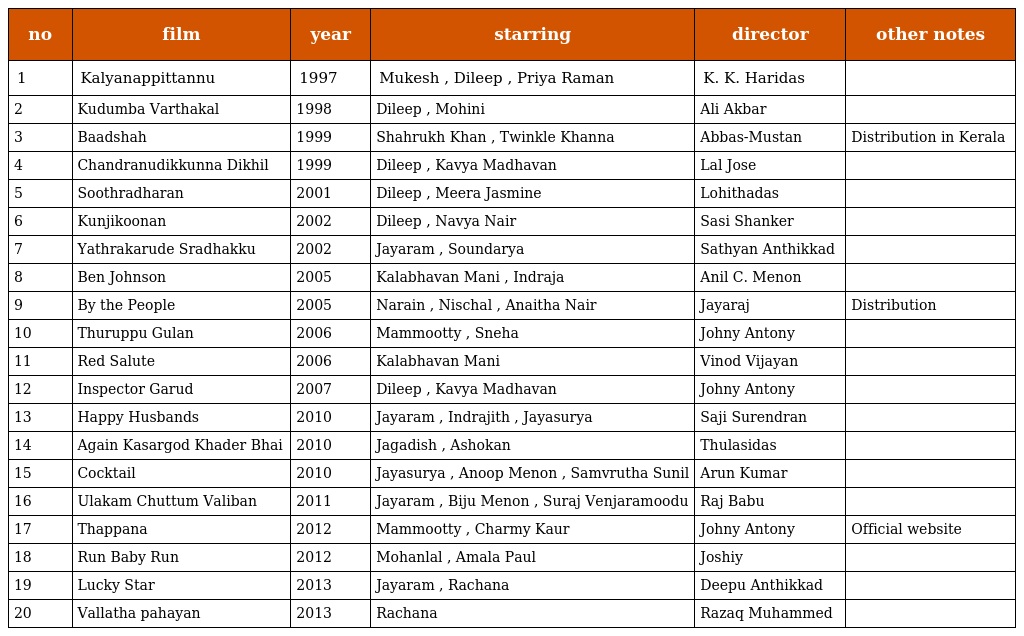
| no | film | year | starring | director | other notes |
 | --- | --- | --- | --- | --- | --- |
 | 1 | Kalyanappittannu | 1997 | Mukesh , Dileep , Priya Raman | K. K. Haridas |  |
 | 2 | Kudumba Varthakal | 1998 | Dileep , Mohini | Ali Akbar |  |
 | 3 | Baadshah | 1999 | Shahrukh Khan , Twinkle Khanna | Abbas-Mustan | Distribution in Kerala |
 | 4 | Chandranudikkunna Dikhil | 1999 | Dileep , Kavya Madhavan | Lal Jose |  |
 | 5 | Soothradharan | 2001 | Dileep , Meera Jasmine | Lohithadas |  |
 | 6 | Kunjikoonan | 2002 | Dileep , Navya Nair | Sasi Shanker |  |
 | 7 | Yathrakarude Sradhakku | 2002 | Jayaram , Soundarya | Sathyan Anthikkad |  |
 | 8 | Ben Johnson | 2005 | Kalabhavan Mani , Indraja | Anil C. Menon |  |
 | 9 | By the People | 2005 | Narain , Nischal , Anaitha Nair | Jayaraj | Distribution |
 | 10 | Thuruppu Gulan | 2006 | Mammootty , Sneha | Johny Antony |  |
 | 11 | Red Salute | 2006 | Kalabhavan Mani | Vinod Vijayan |  |
 | 12 | Inspector Garud | 2007 | Dileep , Kavya Madhavan | Johny Antony |  |
 | 13 | Happy Husbands | 2010 | Jayaram , Indrajith , Jayasurya | Saji Surendran |  |
 | 14 | Again Kasargod Khader Bhai | 2010 | Jagadish , Ashokan | Thulasidas |  |
 | 15 | Cocktail | 2010 | Jayasurya , Anoop Menon , Samvrutha Sunil | Arun Kumar |  |
 | 16 | Ulakam Chuttum Valiban | 2011 | Jayaram , Biju Menon , Suraj Venjaramoodu | Raj Babu |  |
 | 17 | Thappana | 2012 | Mammootty , Charmy Kaur | Johny Antony | Official website |
 | 18 | Run Baby Run | 2012 | Mohanlal , Amala Paul | Joshiy |  |
 | 19 | Lucky Star | 2013 | Jayaram , Rachana | Deepu Anthikkad |  |
 | 20 | Vallatha pahayan | 2013 | Rachana | Razaq Muhammed |  |